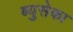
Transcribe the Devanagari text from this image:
ब्युसेका